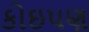
કોઇપણ